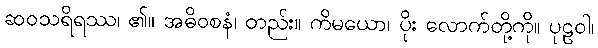
ဆဝသရိရဿ၊ ၏။ အဓိဝစနံ၊ တည်း။ ကိမယော၊ ပိုး လောက်တို့ကို။ ပုဠဝါ၊